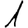
Digit: 1